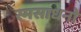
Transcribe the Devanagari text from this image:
स्मसाधनो